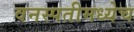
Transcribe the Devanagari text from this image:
वनस्पतीमध्येच